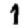
Digit: 1